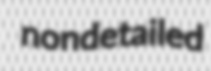
nondetailed